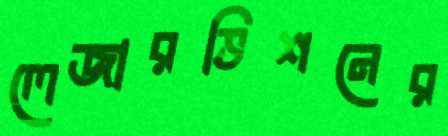
লেজারভিশনের